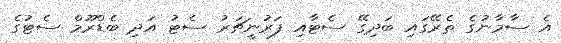
އެ ސާމާނުގެ ތެރޭގައި ބަދިގޭ ސެޓާއި ފަރުނީޗަރު ސެޓު އަދި ބެޑްރޫމް ސެޓުގެ